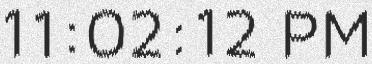
11:02:12 PM